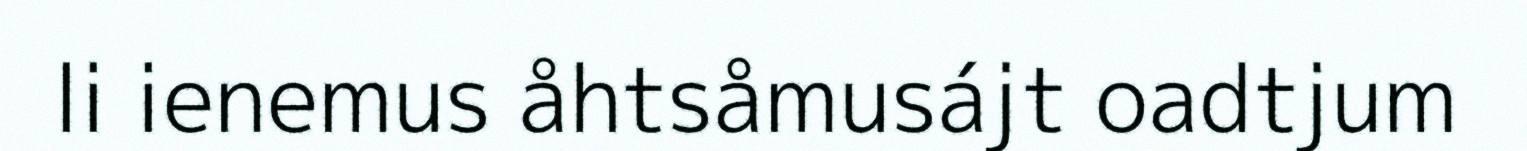
li ienemus åhtsåmusájt oadtjum